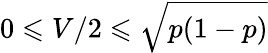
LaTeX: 0\leqslant V/2\leqslant\sqrt{p(1-p)}